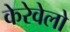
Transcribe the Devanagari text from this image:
केरेवेलो